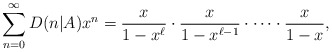
\begin{align*}\sum_{n=0}^{\infty} D(n\lvert A)x^n=\frac{x}{1-x^{\ell}}\cdot \frac{x}{1-x^{\ell-1}}\cdot \cdots \cdot \frac{x}{1-x},\end{align*}